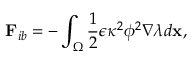
\mathbf { F } _ { i b } = - \int _ { \Omega } \frac { 1 } { 2 } \epsilon \kappa ^ { 2 } \phi ^ { 2 } \nabla \lambda d \mathbf { x } ,